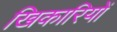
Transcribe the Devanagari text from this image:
खिकारियों